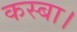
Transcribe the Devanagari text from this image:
कस्बा।